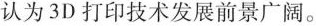
认为3D打印技术发展前景广阔。